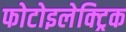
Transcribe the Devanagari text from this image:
फोटोइलेक्ट्रिक